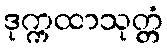
ဒုက္ကထာသုတ္တံ